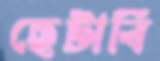
ছেটাবি